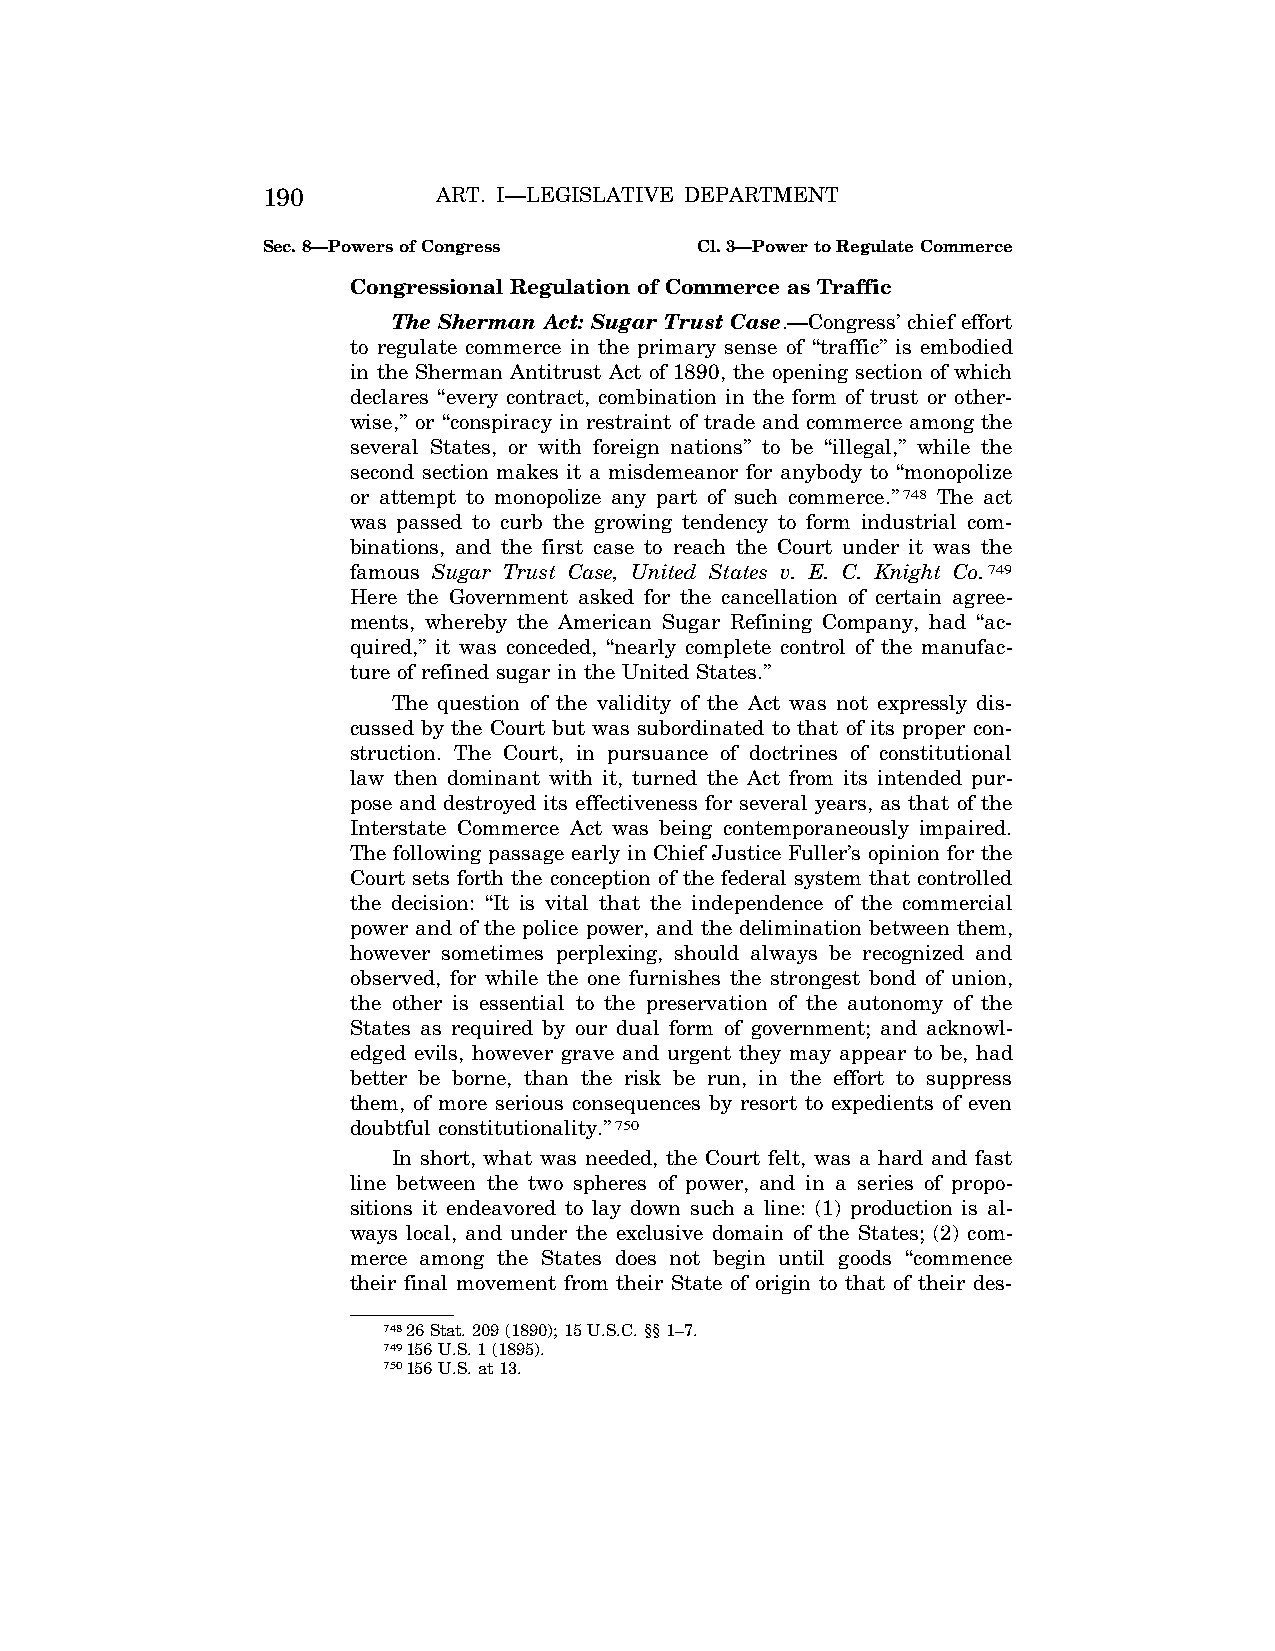
190         ART. I—LEGISLATIVE DEPARTMENT
 Sec. 8—Powers of Congress    Cl. 3—Power to Regulate Commerce
 Congressional Regulation of Commerce as Traffic
 The Sherman Act: Sugar Trust Case.—Congress’ chief effort
 to regulate commerce in the primary sense of ‘‘traffic’’ is embodied
 in the Sherman Antitrust Act of 1890, the opening section of which
 declares ‘‘every contract, combination in the form of trust or other-
 wise,’’ or ‘‘conspiracy in restraint of trade and commerce among the
 several States, or with foreign nations’’ to be ‘‘illegal,’’ while the
 second section makes it a misdemeanor for anybody to ‘‘monopolize
 or attempt to monopolize any part of such commerce.’’748 The act
 was passed to curb the growing tendency to form industrial com-
 binations, and the first case to reach the Court under it was the
 famous Sugar Trust Case, United States v. E. C. Knight Co.749
 Here the Government asked for the cancellation of certain agree-
 ments, whereby the American Sugar Refining Company, had ‘‘ac-
 quired,’’ it was conceded, ‘‘nearly complete control of the manufac-
 ture of refined sugar in the United States.’’
 The question of the validity of the Act was not expressly dis-
 cussed by the Court but was subordinated to that of its proper con-
 struction. The Court, in pursuance of doctrines of constitutional
 law then dominant with it, turned the Act from its intended pur-
 pose and destroyed its effectiveness for several years, as that of the
 Interstate Commerce Act was being contemporaneously impaired.
 The following passage early in Chief Justice Fuller’s opinion for the
 Court sets forth the conception of the federal system that controlled
 the decision: ‘‘It is vital that the independence of the commercial
 power and of the police power, and the delimination between them,
 however sometimes perplexing, should always be recognized and
 observed, for while the one furnishes the strongest bond of union,
 the other is essential to the preservation of the autonomy of the
 States as required by our dual form of government; and acknowl-
 edged evils, however grave and urgent they may appear to be, had
 better be borne, than the risk be run, in the effort to suppress
 them, of more serious consequences by resort to expedients of even
 doubtful constitutionality.’’750
 In short, what was needed, the Court felt, was a hard and fast
 line between the two spheres of power, and in a series of propo-
 sitions it endeavored to lay down such a line: (1) production is al-
 ways local, and under the exclusive domain of the States; (2) com-
 merce among the States does not begin until goods ‘‘commence
 their final movement from their State of origin to that of their des-
 74826 Stat. 209 (1890); 15 U.S.C. §§ 1–7.
 749156 U.S. 1 (1895).
 750156 U.S. at 13.
 VerDate Apr<14>2004 12:35 Apr 14, 2004 Jkt 077500 PO 00000 Frm 00128 Fmt 8222 Sfmt 8222 C:\CONAN\CON009.SGM PRFM99 PsN: CON009